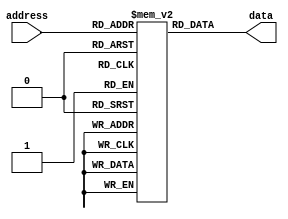
module PROM (
    input wire [7:0] address,
    output reg [7:0] data
);

reg [7:0] memory [0:255]; // Array of memory blocks

always @(*) begin
    data = memory[address]; // Selects the appropriate memory block based on input address
end

// Code for programming memory blocks during design phase
initial begin
    memory[0] = 8'b00000000;
    memory[1] = 8'b00000001;
    // Continue programming memory blocks as needed
end

endmodule